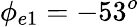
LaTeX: \phi_{e1}=-53^{o}